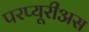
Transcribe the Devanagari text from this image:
परप्यूरीअस